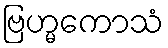
ဗြဟ္မကောသံ